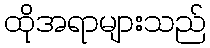
ထိုအရာများသည်